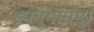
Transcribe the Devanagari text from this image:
ह्यनुमानम्।